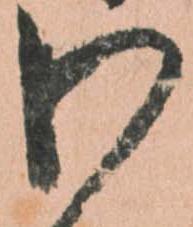
わ